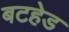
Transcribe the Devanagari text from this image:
बटहेड